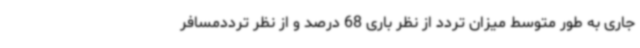
جاری به طور متوسط میزان تردد از نظر باری 68 درصد و از نظر ترددمسافر